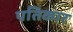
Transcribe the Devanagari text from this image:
पतिकार